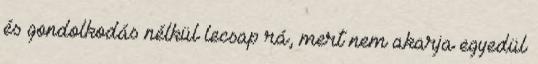
és gondolkodás nélkül lecsap rá, mert nem akarja egyedül